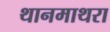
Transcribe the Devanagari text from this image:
थानमाथरा